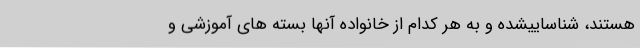
هستند، شناساییشده و به هر کدام از خانواده آنها بسته های آموزشی و